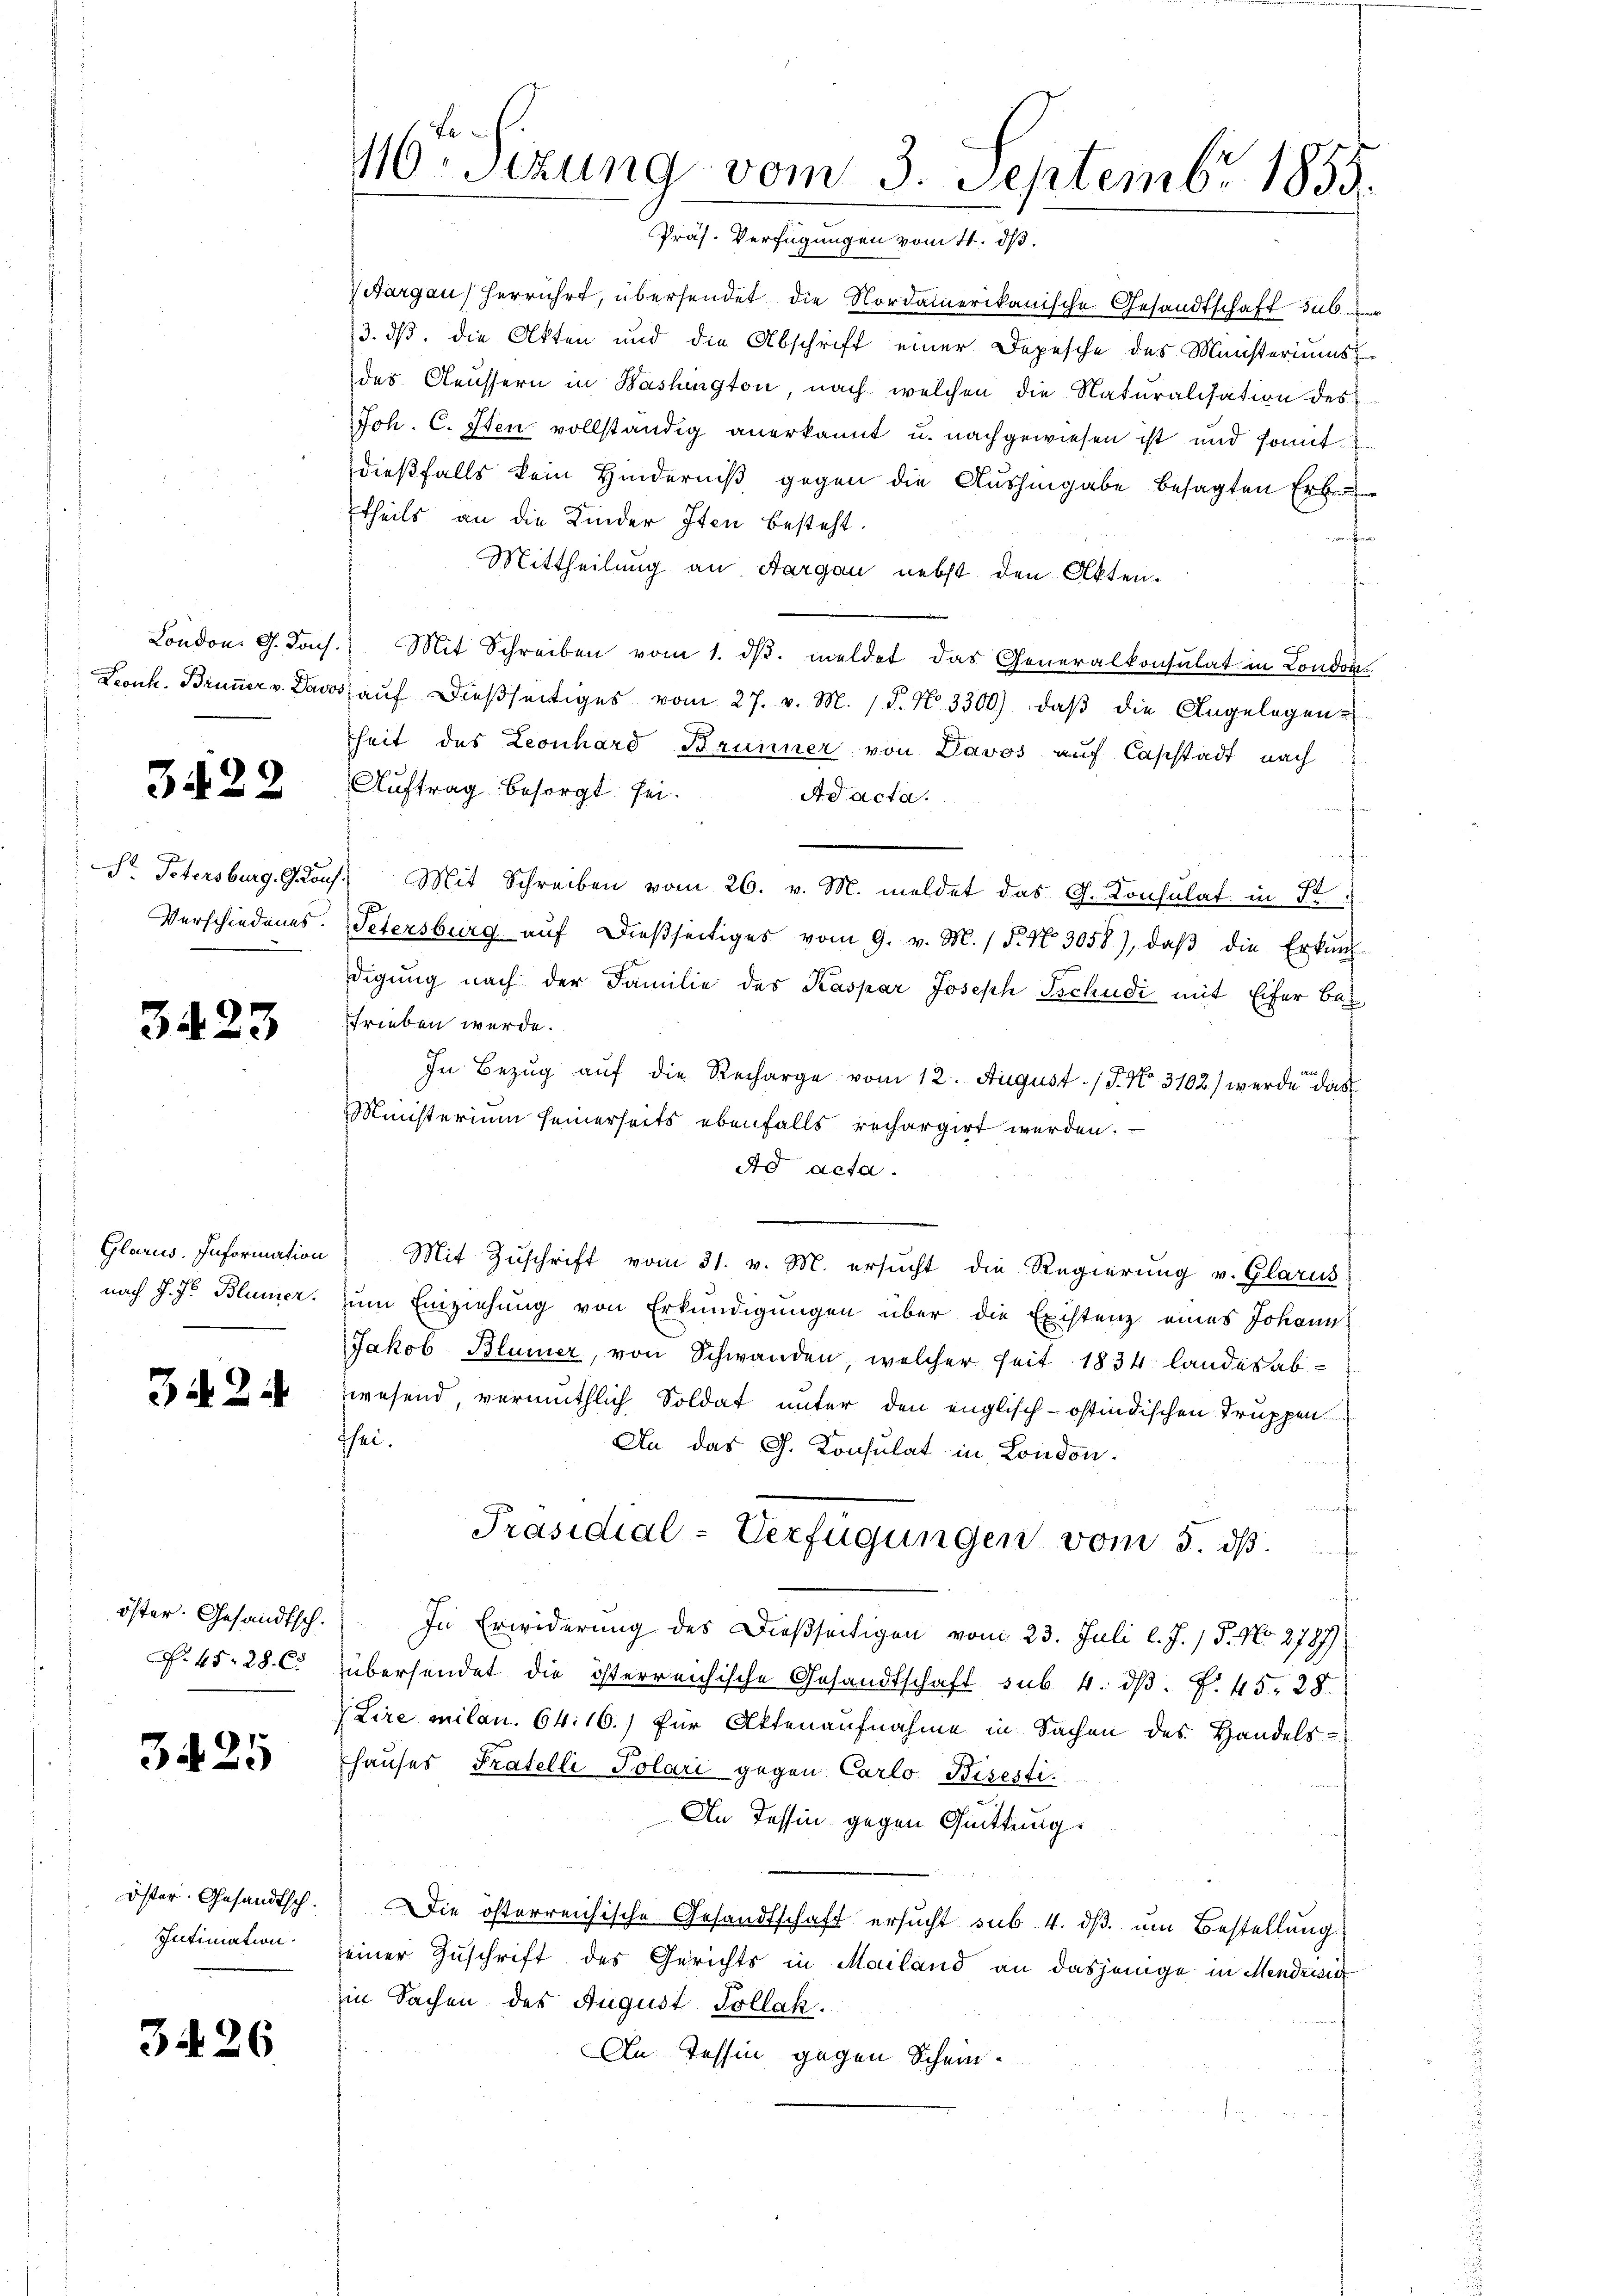
London. G. Tous
Leonh. Brunner v. Dass

3422

Sr Petersburg. G. Lou
Verschiedenes.

3423

Glarus. Information
nach J. J. Blumen.

2.

öster. Gesandtsch.
N. 45. 28. C.

3425

öster. Gesandtsch.
Intimation.

3426

16. Sezung vom 3. Septembr 1855.
Präs. Verfügungen vom 4. ds.

Aargau) herrührt, übersendet die Nordamerikanische Gesandtschaft sub un
13. ds. die Akten und die Abschrift einer Depesche des Ministeriums
des Aeussern in Bashington, nach welchen die Naturalisation des
Joh. C. Iten vollständig anerkannt u. nachgewiesen ist und somit
dießfalls kein Hinderniß gegen die Aushingabe besagten Erben
theils an die Kinder Iten besteht.
 00. v. Herreis
Mittheilung an Aargau nebst den Akten.
f
 Mit Schreiben vom 1. dβ. meldet das Generalkonsulat in London
aŭf dießseitiges vom 27. v. M. 18. No. 3300), daß die Angelegen
heit des Leonhard Brunner von Davos auf Casstadt nach
Auftrag besorgt sei.
Ad acta.
1. Mit Schreiben vom 26. v. M. meldet das G. Konsulat in St
Petersburg aŭf dießseitiges vom 9. v. M. P. Nr. 3058), daβ die Erkŭng-
digung nach der Familie des Kaspar Joseph Tschudi mit Eifer betrieben werde.
In Bezug auf die Recharge vom 12. August 18. No. 3102) werde das
Ministerium seinerseits ebenfalls rechargirt werden.
Ad acta.
n
Mit Zuschrift vom 31. v. M. ersucht die Regierung v. Glarus
zum Einziehung von Erkundigungen über die Existenz eines Johann
Jakob Blümer, von Schwanden, welcher seit 1834. Landes abwesend vermuthlich Soldat unter den englisch-ostindischen Truppen
Thei
An das G. Konsulat in London.
Präsidial-Verfügungen vom 5. ds.
In Erwiderung des Dießseitigen vom 23. Juli l. J. / 5. No. 2787.
übersendet die österreichische Gesandtschaft sub. 4. dβ. f. 45. 28
 Lire milan. 64. 16.) für Aktenaufnahme in Sachen des Handels-
Ehauses Pratelli Polari gegen Carlo Bisesti
An Tessin gegen Quittung.
Die österreichische Gesandtschaft ersucht sub. 4. dß. um Bestellung
seiner Zuschrift des Gerichts in Mailand an dasjenige in Mendrisi
in Sachen des August Pollak.
An Tessin gegen Schein¬